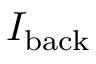
I _ { \mathrm { b a c k } }